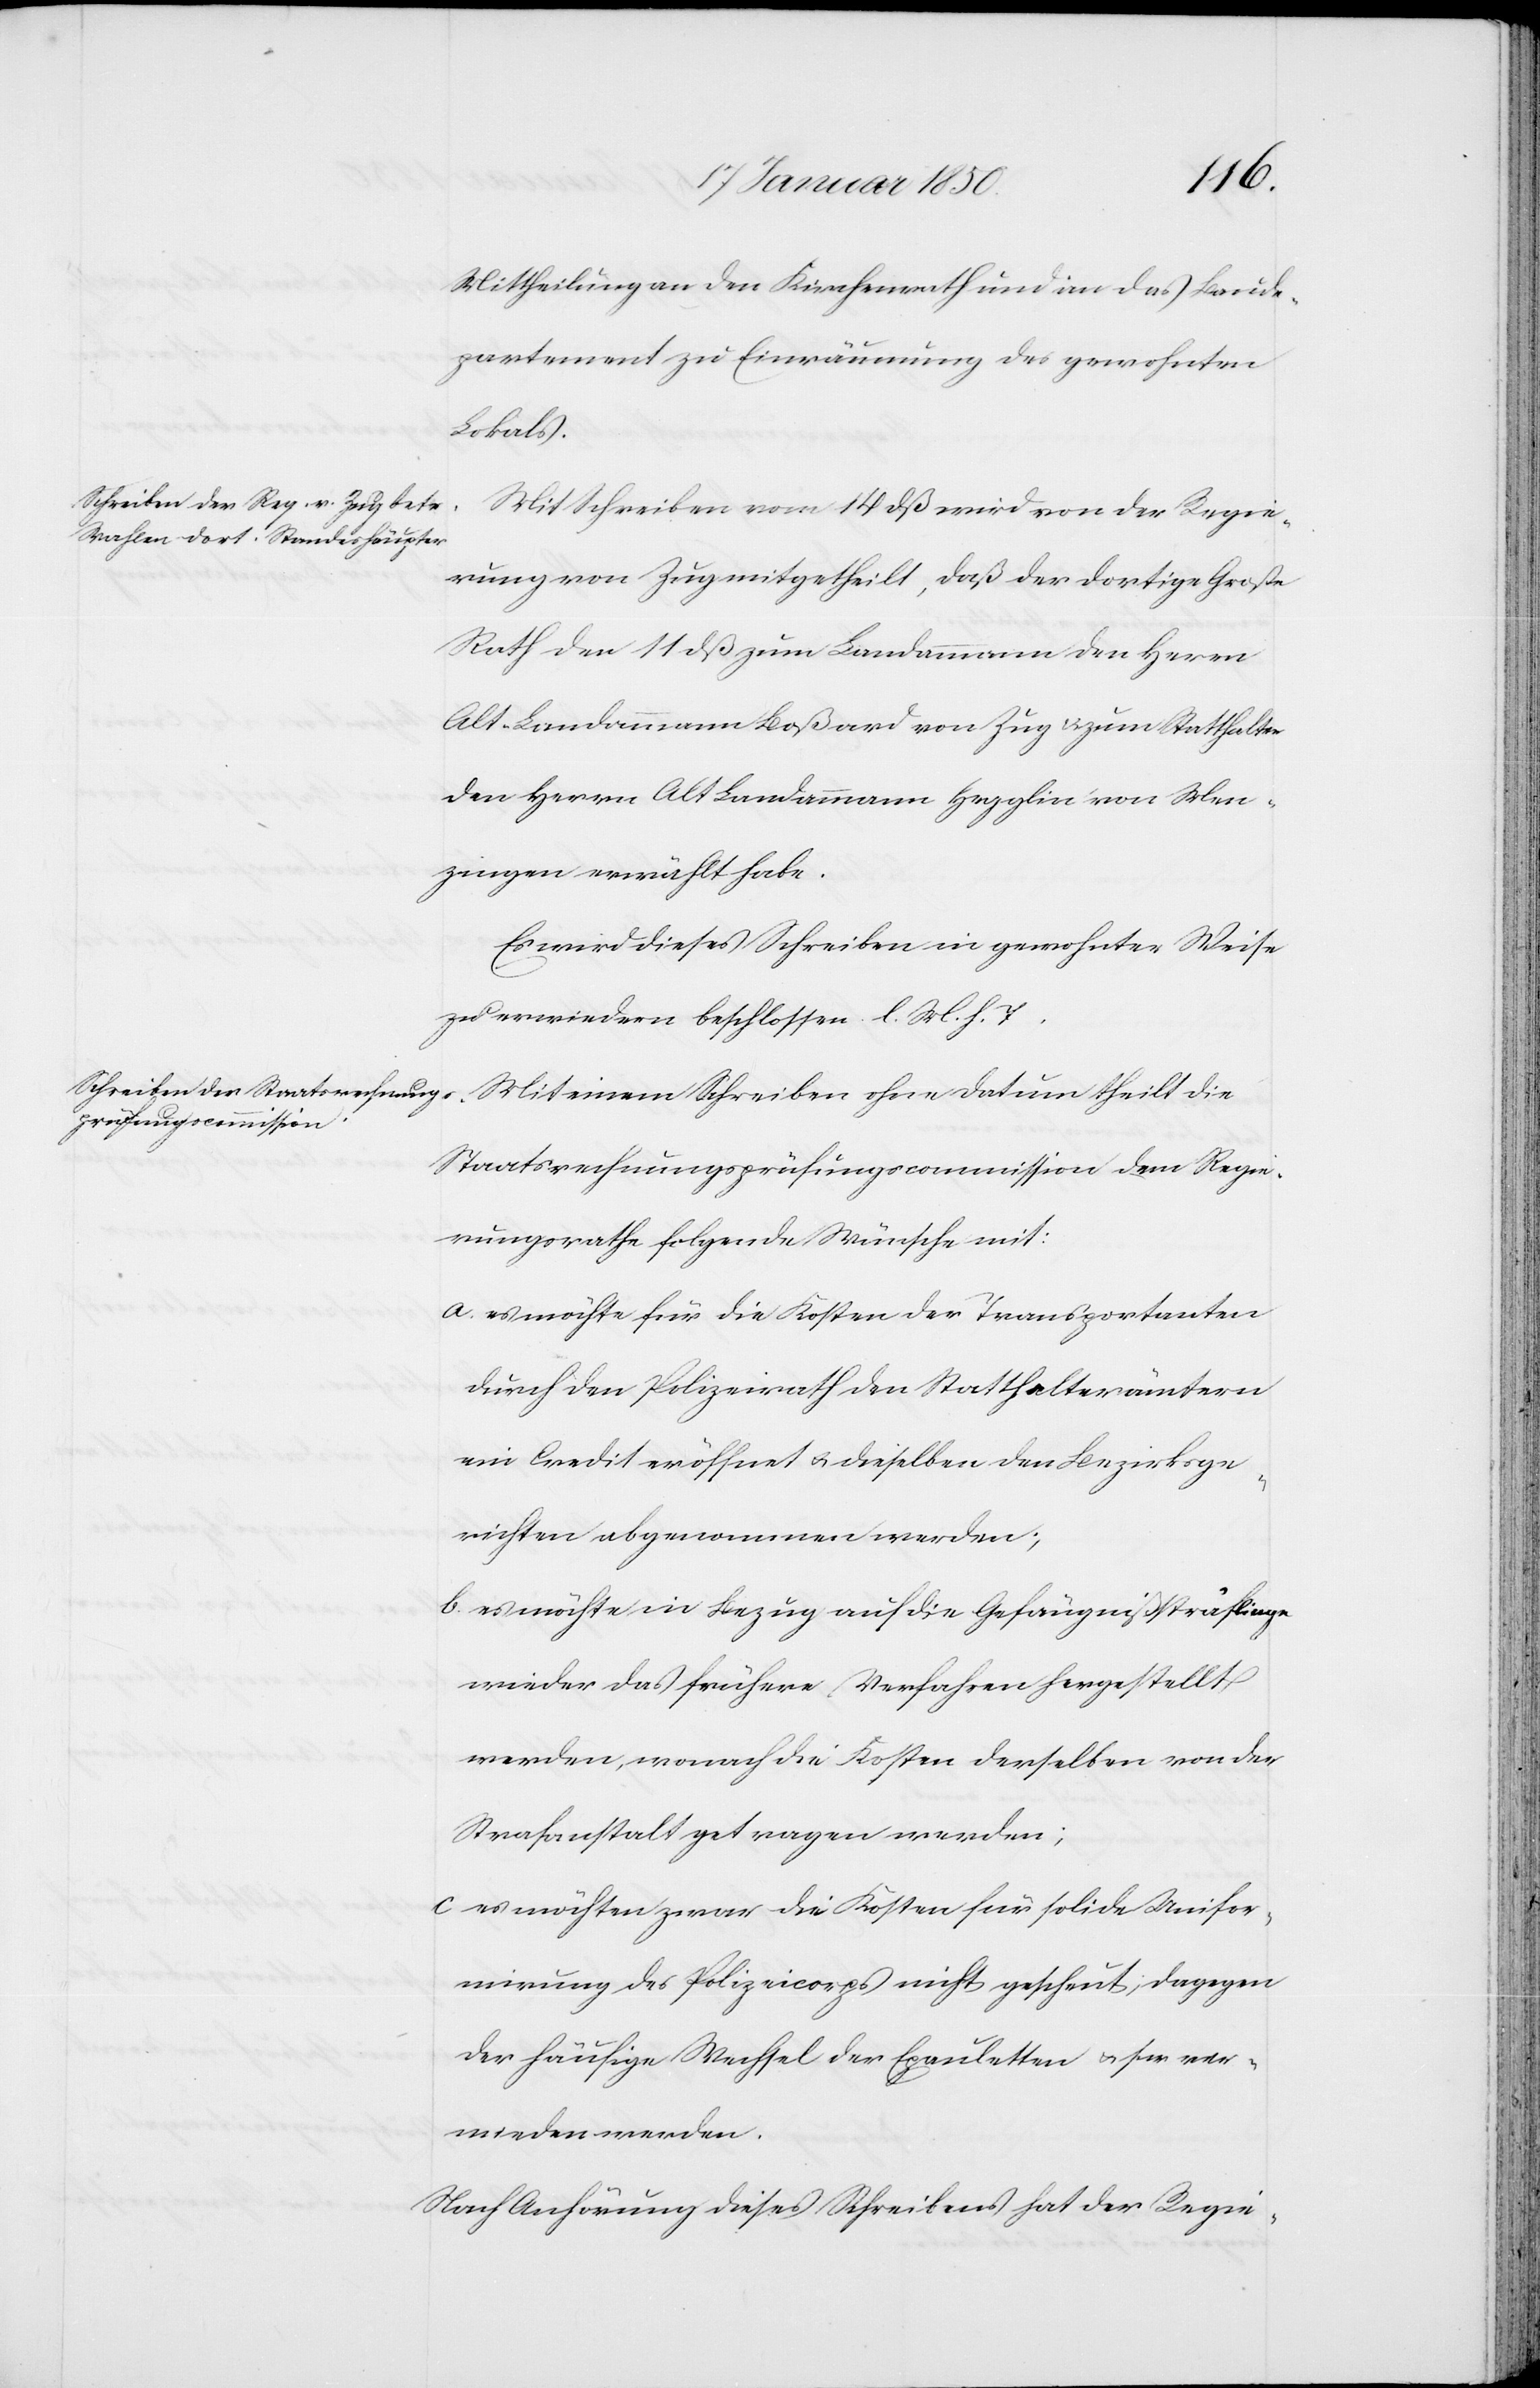
Mittheilung an den Kirchenrath und an das Baude¬
partement zu Einräumung des gewohnten
Lokals.
Mit Schreiben vom 14 dß wird von der Regie¬
rung von Zug mitgetheilt, daß der dortige Große
Rath den 11 dß zum Landammann den Herrn
Alt-Landammann Boßard von Zug u. zum Statthalter
den Herrn Alt Landammann Hegglin von Men¬
zingen erwählt habe.
Es wird dieses Schreiben in gewohnter Weise
zu erwiedern beschlossen. l. M. h. T.
Mit einem Schreiben ohne Datum theilt die
Staatsrechnungsprüfungscommission dem Regie¬
rungsrathe folgende Wünsche mit:
a. es möchte für die Kosten der Transportanten
durch den Polizeirath den Statthalterämtern
ein Credit eröffnet u. dieselben den Bezirksge¬
richten abgenommen werden;
b. es möchte in Bezug auf die Gefängnißsträflinge
wieder das frühere Verfahren hergestellt
werden, wonach die Kosten derselben von der
Strafanstalt getragen werden;
c. es möchten zwar die Kosten für solide Unifor¬
mirung des Polizeicorps nicht gescheut; dagegen
der häufige Wechsel der Epauletten u. s. w. ver¬
mieden werden.
Nach Anhörung dieses Schreibens hat der Regie-